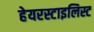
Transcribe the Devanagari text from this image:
हेयरस्टाइलिस्ट